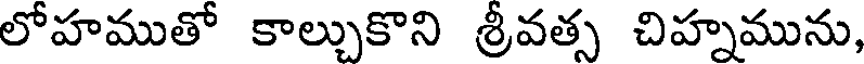
లోహముతో కాల్చుకొని శ్రీవత్స చిహ్నమును,